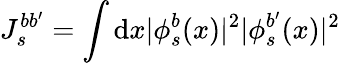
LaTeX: J_{s}^{bb^{\prime}}=\int\mathrm{d}x|\phi_{s}^{b}(x)|^{2}|\phi_{s}^{b^{\prime}}(x)|^{2}